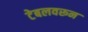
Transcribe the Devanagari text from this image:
टेबलवरून